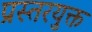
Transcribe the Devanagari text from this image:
प्रस्तरयुक्त